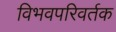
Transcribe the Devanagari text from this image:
विभवपरिवर्तक